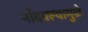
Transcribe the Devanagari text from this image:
नोंदवल्यामुळे